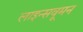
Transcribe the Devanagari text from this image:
लाइन्सवूमन